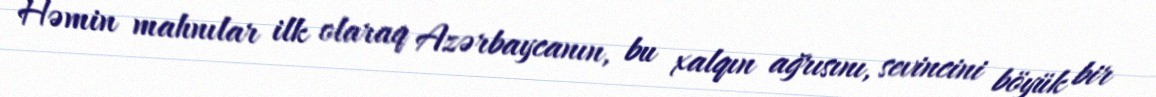
Həmin mahnılar ilk olaraq Azərbaycanın, bu xalqın ağrısını, sevincini böyük bir